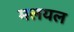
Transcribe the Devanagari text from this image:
मलयल